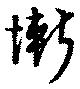
慚